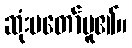
ဆုံးမတော်မူ၏။